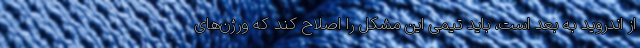
از اندروید به بعد است، باید تیمی این مشکل را اصلاح کند که ورژن‌های